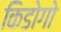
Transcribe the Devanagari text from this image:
किडोगो